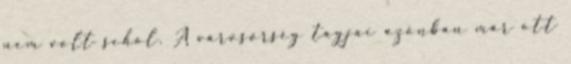
nem volt sehol. A városőrség tagjai azonban már ott